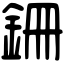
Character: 銏